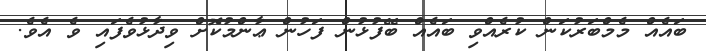
ބައެއް މެމްބަރުކަންް ކުރެއްވި ބައެއް ބޭފުޅުން ފަހުން ޢާންމުކޮށް ވިދާޅުވެފައި ވެ އެވެ.